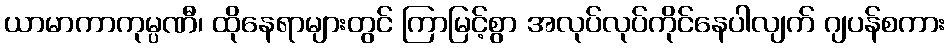
ယာမာကာကုမ္ပဏီ၊ ထိုနေရာများတွင် ကြာမြင့်စွာ အလုပ်လုပ်ကိုင်နေပါလျက် ဂျပန်စကား